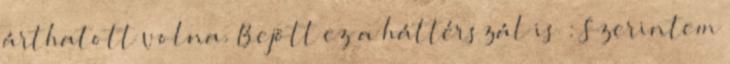
árthatott volna. Bejött ez a háttérszál is : Szerintem